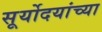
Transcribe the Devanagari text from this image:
सूर्योदयांच्या